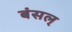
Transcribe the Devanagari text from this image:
बंसल्